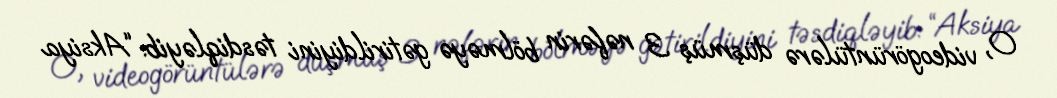
O, videogörüntülərə düşmüş 3 nəfərin bölməyə gətirildiyini təsdiqləyib: “Aksiya